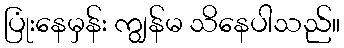
ပြုံးနေမှန်း ကျွန်မ သိနေပါသည်။